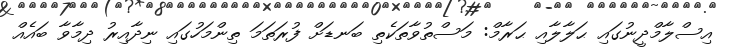
އިސްލާމްދީނުގައި ޙަލާލާއި ޙަރާމް: މަސްތުވާތަކެތި ބަނޑަށް ފުރަތަމަ ތިންމަހުގައި ނިދާއިރު ދިމާވާ ބައެއް